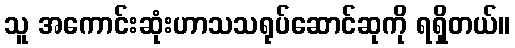
သူ အကောင်းဆုံးဟာသသရုပ်ဆောင်ဆုကို ရရှိတယ်။